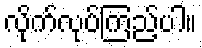
လိုက်လုပ်ကြည့်ပါ။